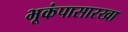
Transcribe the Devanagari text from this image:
भूकंपासारखा